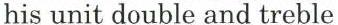
his unit double and treble